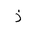
Letter: _thal